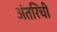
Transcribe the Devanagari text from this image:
अंतरिची